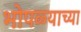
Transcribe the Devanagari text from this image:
भोपळ्याच्या